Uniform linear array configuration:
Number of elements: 48
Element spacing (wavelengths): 0.25
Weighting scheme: uniform
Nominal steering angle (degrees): -15
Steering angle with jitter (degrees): -14.558
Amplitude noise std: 0.05
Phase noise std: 0.05

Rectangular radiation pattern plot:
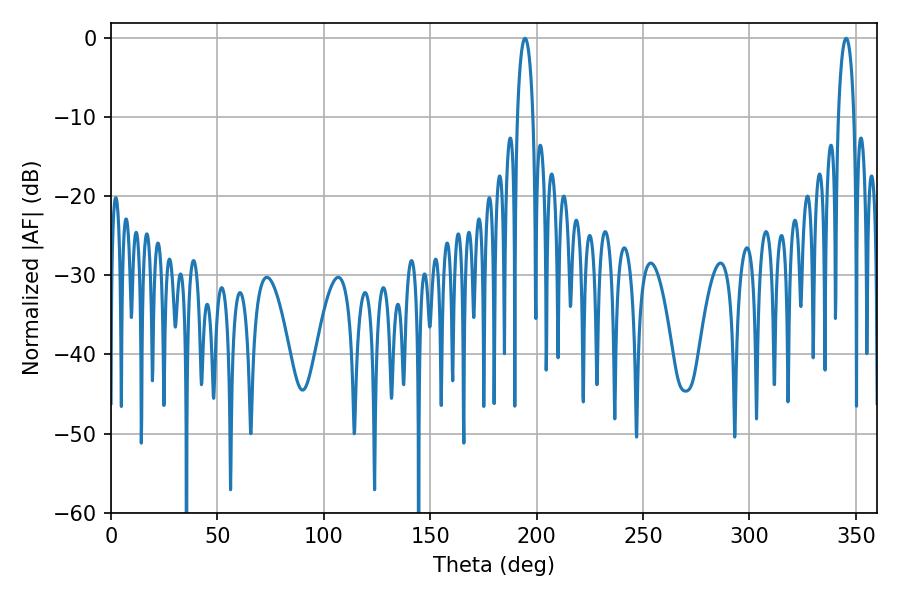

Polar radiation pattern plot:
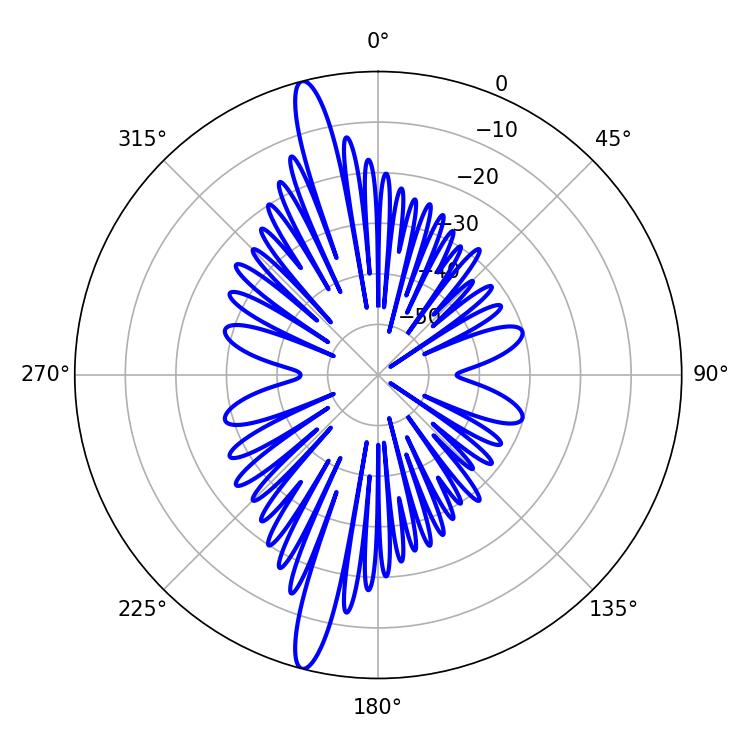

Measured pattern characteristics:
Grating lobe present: FALSE
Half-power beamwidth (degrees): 4.32
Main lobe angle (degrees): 194.58